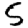
Digit: 5